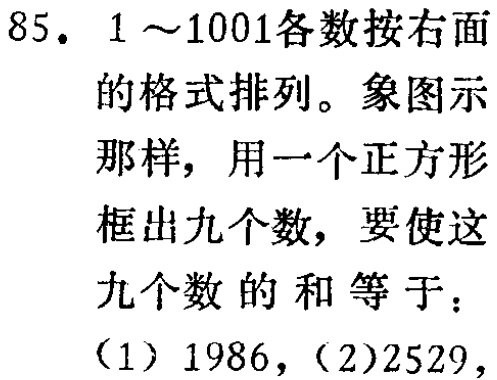
85. \(1\sim1001\)各数按右面

的格式排列。象图示

那样，用一个正方形

框出九个数，要使这

九个数的和等于：

（1）\(1986\)，（2）\(2529\)，